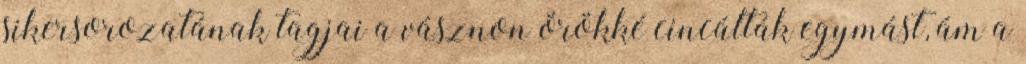
sikersorozatának tagjai a vásznon örökké cincálták egymást, ám a